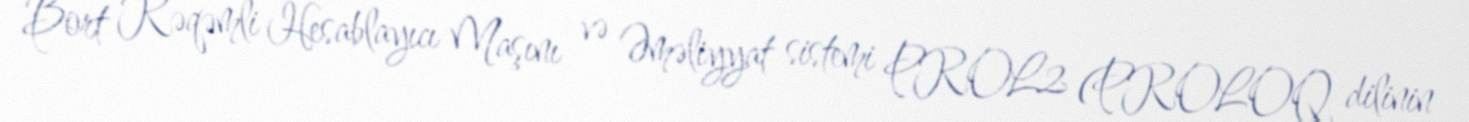
Bort Rəqəmli Hesablayıcı Maşını və Əməliyyat sistemi PROL2 (PROLOQ dilinin